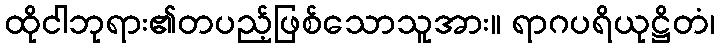
ထိုငါဘုရား၏တပည့်ဖြစ်သောသူအား။ ရာဂပရိယုဋ္ဌိတံ၊